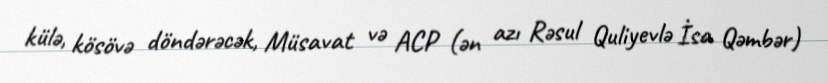
külə, kösövə döndərəcək, Müsavat və ACP (ən azı Rəsul Quliyevlə İsa Qəmbər)